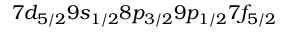
7 d _ { 5 / 2 } 9 s _ { 1 / 2 } 8 p _ { 3 / 2 } 9 p _ { 1 / 2 } 7 f _ { 5 / 2 }